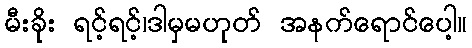
မီးခိုး ရင့်ရင့်၊ဒါမှမဟုတ် အနက်ရောင်ပေါ့။